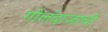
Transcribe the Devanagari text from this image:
गोलंदाजाची